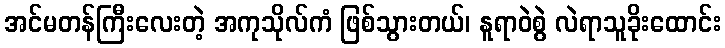
အင်မတန်ကြီးလေးတဲ့ အကုသိုလ်ကံ ဖြစ်သွားတယ်၊ နူရာဝဲစွဲ လဲရာသူခိုးထောင်း